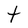
Character: t